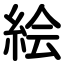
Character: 絵